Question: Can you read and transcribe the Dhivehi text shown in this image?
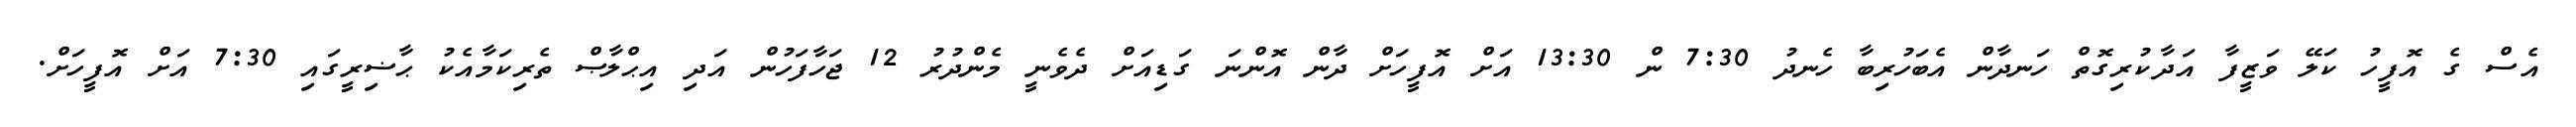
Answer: އެސް ގެ އޮފީހު ކަލޭ ވަޒީފާ އަދާކުރިގޮތް ހަނދާން އެބަހުރިބާ ހެނދު 7:30 ން 13:30 އަށް އޮފީހަށް ދާން އޮންނަ ގަޑިއަށް ދެވެނީ މެންދުރު 12 ޖަހާފަހުން އަދި އިޙްލާޞް ތެރިކަމާއެކު ޙާޟިރީގައި 7:30 އަށް އޮފީހަށް.